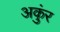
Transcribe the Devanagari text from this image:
अकुंर